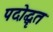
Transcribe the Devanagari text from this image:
पदोद्धृत